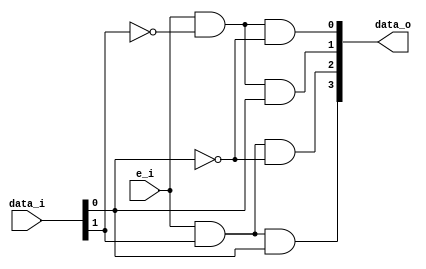
module Decoder2to4(data_i, data_o, e_i);
	input [1:0] data_i;
	input e_i;
	output [3:0] data_o;
	
	// Internal wires
	wire [1:0] data_i_neg;
	
	not(data_i_neg[0], data_i[0]);
	not(data_i_neg[1], data_i[1]);
	
	and(data_o[0], e_i, data_i_neg[1], data_i_neg[0]);
	and(data_o[1], e_i, data_i_neg[1], data_i[0]);
	and(data_o[2], e_i, data_i[1], data_i_neg[0]);
	and(data_o[3], e_i, data_i[1], data_i[0]);
endmodule